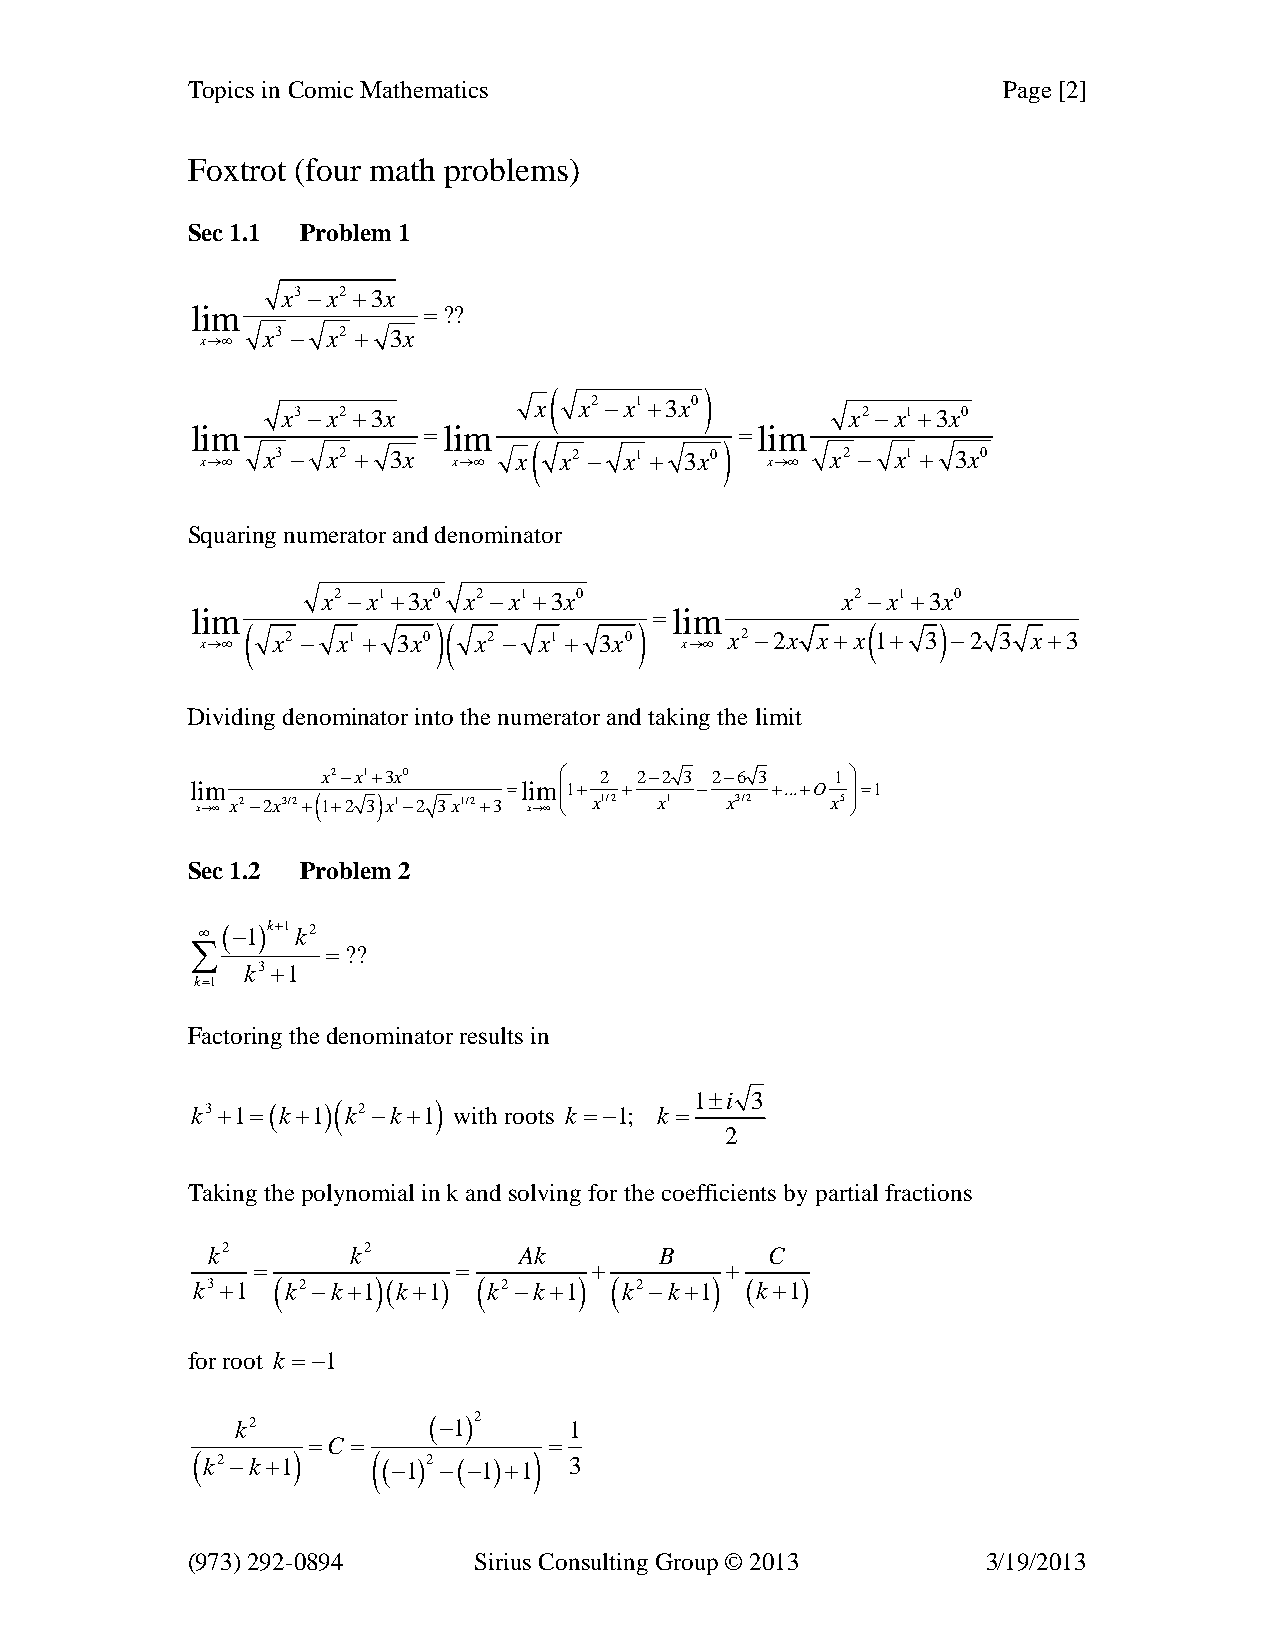
Topics in Comic Mathematics                           Page [2]
 Foxtrot (four math problems)
 Sec 1.1 Problem 1
 x3−x2 +3x
 lim            =??
 x3 − x2 + 3x
 x→∞
 (          )
 x  x2 −x1+3x0
 x3−x2 +3x                            x2 −x1+3x0
 lim            =lim                 =lim
 (            )
 x→∞ x3 − x2 + 3x x→∞ x  x2 − x1 + 3x0 x→∞ x2 − x1 + 3x0
 Squaring numerator and denominator
 x2 −x1+3x0 x2 −x1+3x0              x2 −x1+3x0
 lim                           =lim
 (            )(           )              (    )
 x→∞  x2 − x1 + 3x0 x2 − x1 + 3x0 x→∞ x2 −2x x +x 1+ 3 −2 3 x +3
 Dividing denominator into the numerator and taking the limit
 x2−x1+3x0       ⎛  2 2−2 3 2−6 3  1 ⎞
 lim                  =lim⎜1+ +   −    +...+O ⎟=1
 x→∞ x2−2x3/2+( 1+2 3) x1−2 3x1/2+3 x→∞ ⎜ ⎝ x1/2 x1 x3/2 x5⎟ ⎠
 Sec 1.2 Problem 2
 ∞ (−1)k+1 k2
 ∑        =??
 k3+1
 k=1
 Factoring the denominator results in
 1±i 3
 k3+1=(k+1)( k2 −k+1) with roots k =−1; k =
 2
 Taking the polynomial in k and solving for the coefficients by partial fractions
 k2       k2         Ak        B      C
 =            =        +        +
 k3 +1 ( k2 −k+1)(k+1) ( k2 −k+1) ( k2 −k+1) (k+1)
 for root k =−1
 k2          (−1)2     1
 =C =            =
 ( k2 −k+1)  ( (−1)2 −(−1)+1) 3
 (973) 292-0894     Sirius Consulting Group © 2013    3/19/2013